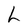
Character: h